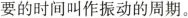
要的时间叫作振动的周期。